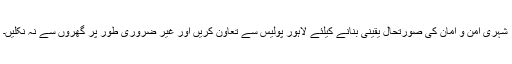
شہری امن و امان کی صورتحال یقینی بنانے کیلئے لاہور پولیس سے تعاون کریں اور غیر ضروری طور پر گھروں سے نہ نکلیں۔